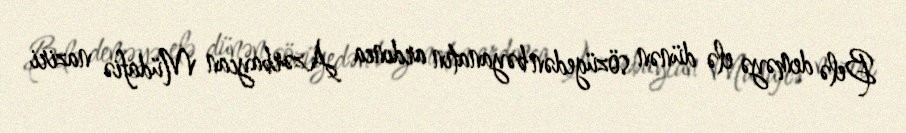
Belə deməyə elə dünən sözügedən bəyanatın ardınca Azərbaycan Müdafiə naziri